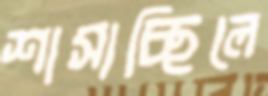
শাসাচ্ছিলে